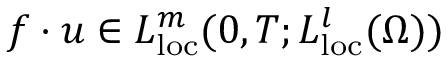
f \cdot u \in L _ { \mathrm { l o c } } ^ { m } ( 0 , T ; L _ { \mathrm { l o c } } ^ { l } ( \Omega ) )